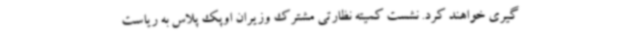
گیری خواهند کرد. نشست کمیته نظارتی مشترک وزیران اوپک پلاس به ریاست